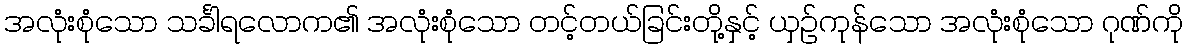
အလုံးစုံသော သင်္ခါရလောက၏ အလုံးစုံသော တင့်တယ်ခြင်းတို့နှင့် ယှဉ်ကုန်သော အလုံးစုံသော ဂုဏ်ကို